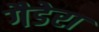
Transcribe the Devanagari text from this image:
गैडेरा